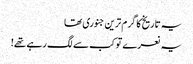
یہ تاریخ کا گرم ترین جنوری تھا
یہ نعرے تو کب سے لگ رہے تھے!